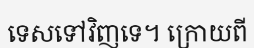
ទេសទៅវិញទេ។ ក្រោយពី